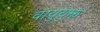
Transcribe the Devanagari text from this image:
वायुयुक्त